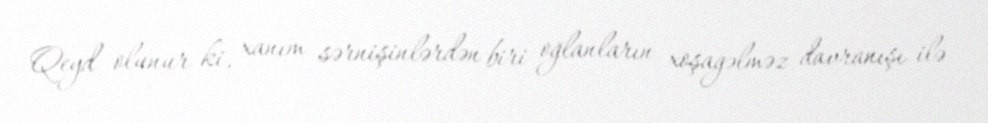
Qeyd olunur ki, xanım sərnişinlərdən biri oğlanların xoşagəlməz davranışı ilə